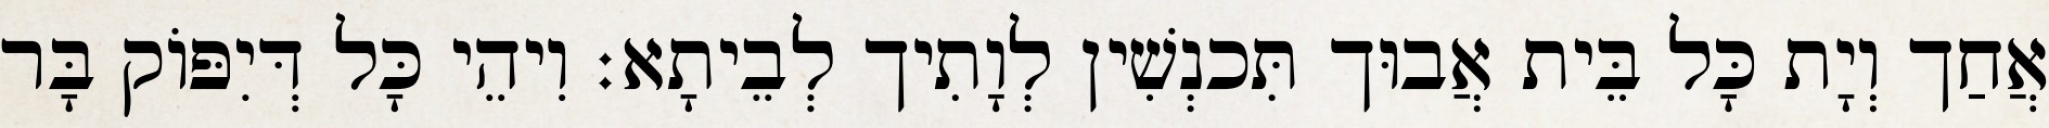
אֲחַך וְיָת כָּל בֵּית אֲבוּך תִּכנְשִׁין לְוָתִיך לְבֵיתָא׃ וִיהֵי כָּל דְּיִפּוֹק בָּר